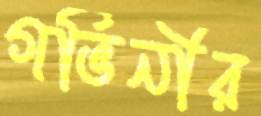
গর্ভিনীর